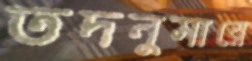
তদনুসারে